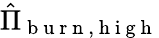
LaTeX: \hat{\Pi}_{\mathrm{~b~u~r~n~},\mathrm{~h~i~g~h~}}